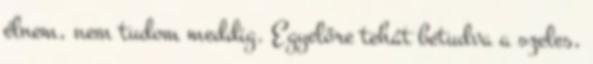
élnem, nem tudom meddig. Egyelőre tehát betudva a szeles,